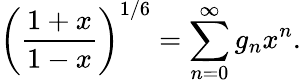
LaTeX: \biggl({\frac{1+x}{1-x}}\biggr)^{1/6}=\sum_{n=0}^{\infty}g_{n}x^{n}.